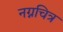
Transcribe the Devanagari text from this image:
नग्नचित्र